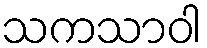
သကသာဝါ